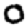
Digit: 0